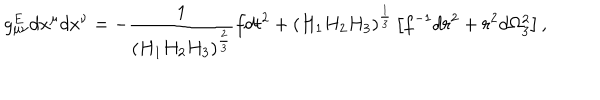
LaTeX: g _ { \mu \nu } ^ { E } d x ^ { \mu } d x ^ { \nu } = - { \frac { 1 } { \left( H _ { 1 } H _ { 2 } H _ { 3 } \right) ^ { \frac { 2 } { 3 } } } } f d t ^ { 2 } + \left( H _ { 1 } H _ { 2 } H _ { 3 } \right) ^ { \frac { 1 } { 3 } } \left[ f ^ { - 1 } d r ^ { 2 } + r ^ { 2 } d \Omega _ { 3 } ^ { 2 } \right] ,